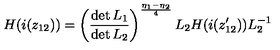
H ( i ( z _ { 1 2 } ) ) = \left( \frac { \det L _ { 1 } } { \det L _ { 2 } } \right) ^ { \frac { \eta _ { 1 } - \eta _ { 2 } } { 4 } } L _ { 2 } H ( i ( z _ { 1 2 } ^ { \prime } ) ) L _ { 2 } ^ { - 1 }